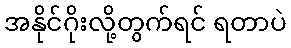
အနိုင်ဂိုးလို့တွက်ရင် ရတာပဲ